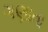
ગણાતા